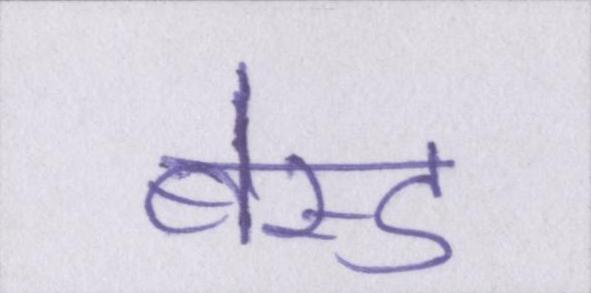
बेस्ड